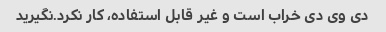
دی وی دی خراب است و غیر قابل استفاده، کار نکرد.نگیرید